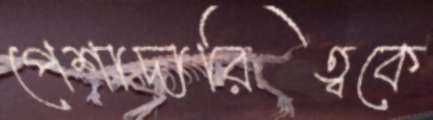
পেশাদারিত্বকে